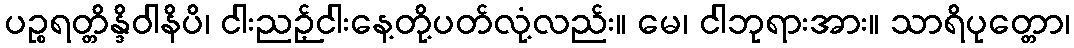
ပဉ္စရတ္တိန္ဒိဝါနိပိ၊ ငါးညဉ့်ငါးနေ့တို့ပတ်လုံ့လည်း။ မေ၊ ငါဘုရားအား။ သာရိပုတ္တော၊